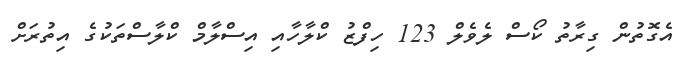
އެގޮތުން ގިރާތު ކޯސް ލެވެލް 123 ހިފްޒު ކްލާހާއި އިސްލާމް ކްލާސްތަކުގެ އިތުރަށް